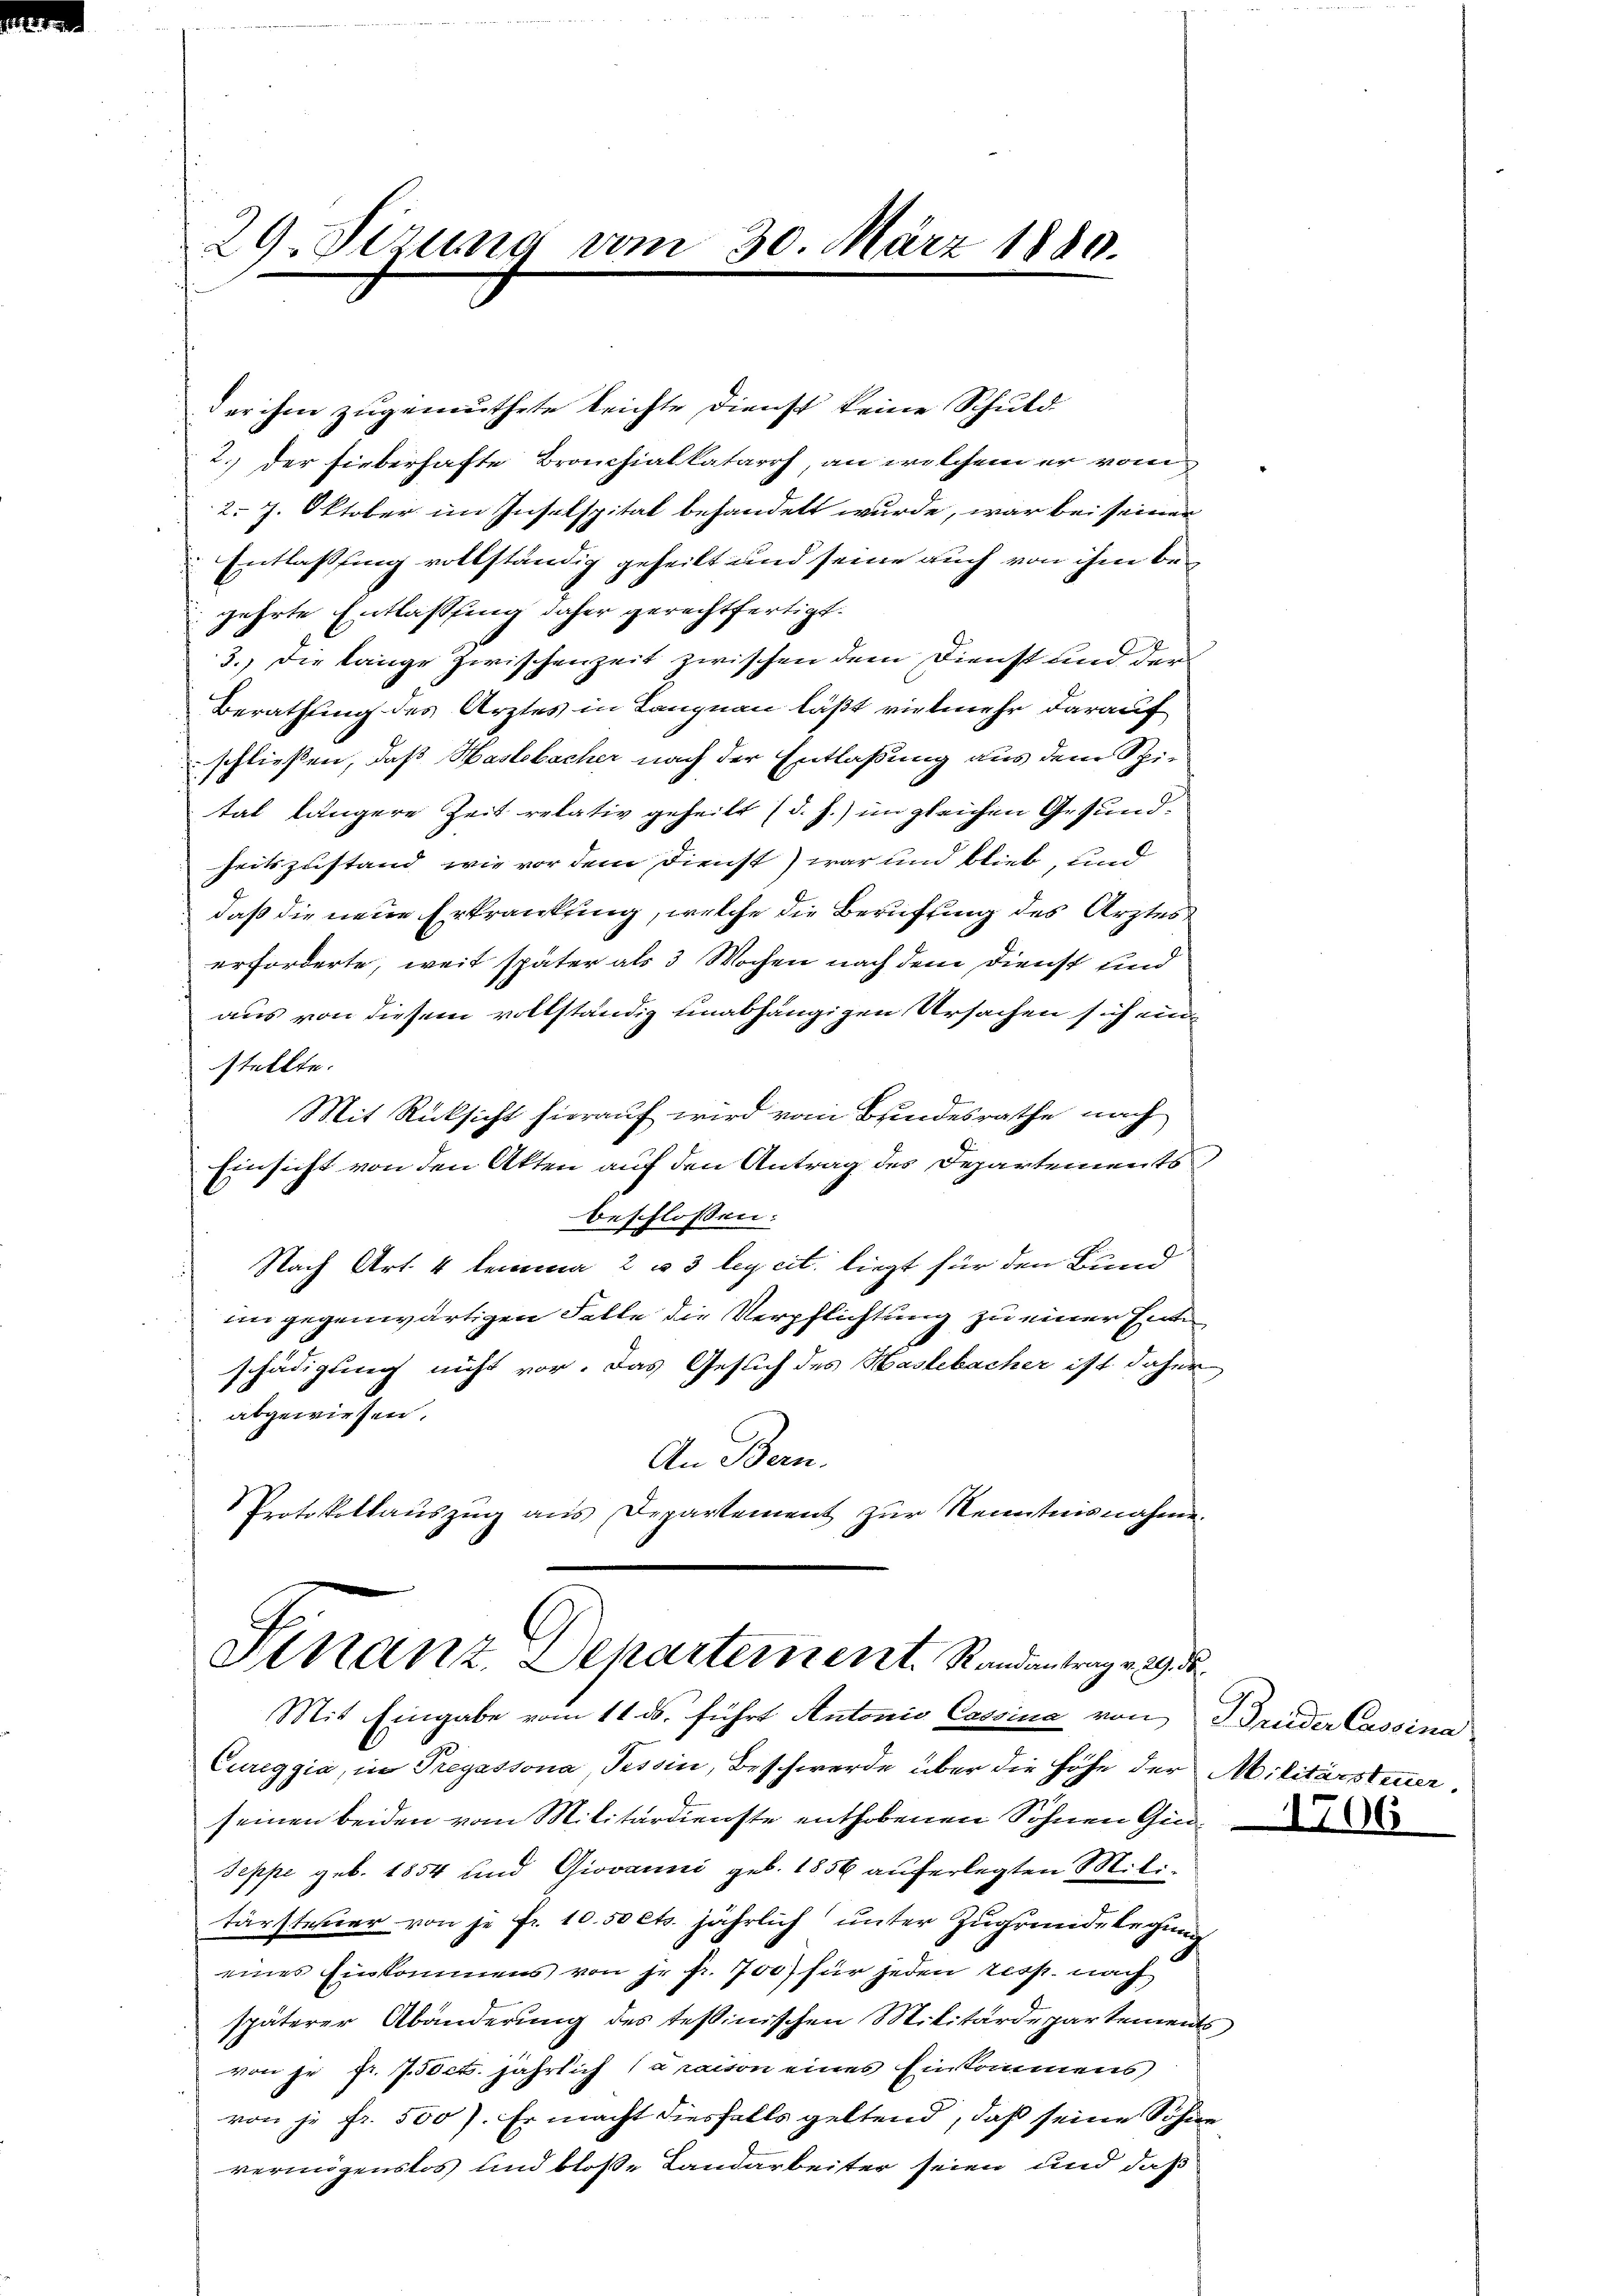
29. Sizung vom

30. März 1880.

der ihm zugemuthete leichte Dienst keine Schuld
2.) der sieberhafte Bronchialkatarrh, an welchem er vom
2. 7. Oktober im Inselspital behandelt wurde, war bei seiner
Entlassung vollständig geheilt und seine auch von ihm begehrte Entlassung daher gerechtfertigt.
3.) Die lange Zwischenzeit zwischen dem Dienst und der
Berathung des Arztes in Langnau läßt vielmehr darauf
schließen, daß Haslobacher nach der Entlaßung aus dem Spital längere Zeit relativ geheilt (d. h. im gleichen Gesundheitszustand, wie vor dem Dienst) war und blieb, und
daß die neue Erkrankung, welche die Berufung des Arztes
erforderte, weit später als 3 Wochen nach dem Dienst und
aus von diesem vollständig unabhängigen Ursachen sich ein
stellte.
Mit Rücksicht hierauf wird vom Bundesrathe nach
Einsicht von den Akten auf den Antrag des Departements
beschlossen:
Nach Art. 4 lemma 2 u 3 leg cit. liegt für den Bund
im gegenwärtigen Falle die Verpflichtung zu einer Ente
schädigung nicht vor. Das Gesuch des Haslebacher ist daher
abgewiesen.
An Bern.
Protokollauszug aus Departement zur Kenntnisnahme

Finanz, Departement. Randantrag v. 29. de

Mit Eingabe vom 11. ds. führt Antonio Cassina von Brueder Cassina
Cureggia, in Tregassona, Tessin, Beschwerde über die Höhe der Militärsteuerseinen beiden vom Militärdienste enthobenen Sohnen Gin¬
Seppe geb. 1854 und Giovanni geb. 1856 auferlegten Militärsteuer von je fr. 10.50 cts. jährlich unter Zugründelegung
eines Einkommens von Fr. fr. 700 für jeden resp. nach
späterer Abänderung des tessinischen Militärdepartements
von je fr. 7. 50ct. jährlich (araison eines Einkommens
von je fr. 500). Er macht diesfalls geltend, daß seine Sohne
vermögenslos und bloße Landarbeiter seien und daß

1706